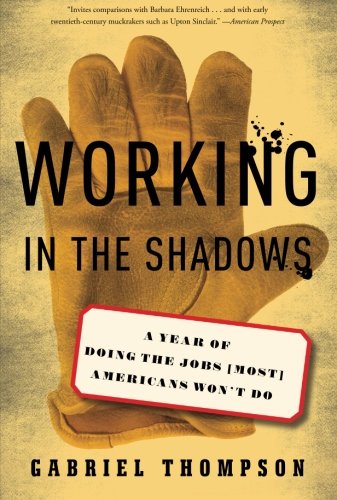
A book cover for Working in the Shadows: A Year of Doing the Jobs (Most) Americans Won't Do; Gabriel Thompson; Business & Money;